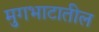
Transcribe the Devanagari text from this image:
मुगभाटातील